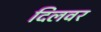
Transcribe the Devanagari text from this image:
दिलवर